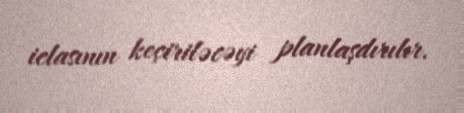
iclasının keçiriləcəyi planlaşdırılır.